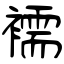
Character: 襦